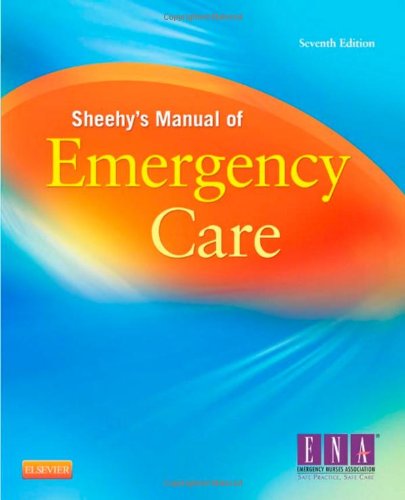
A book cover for Sheehy's Manual of Emergency Care, 7e (Newberry, Sheehy's Manual of Emergency Care); ENA; Medical Books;